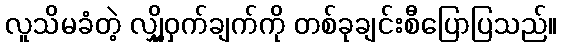
လူသိမခံတဲ့ လျှို့ဝှက်ချက်ကို တစ်ခုချင်းစီပြောပြသည်။